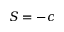
S = - c